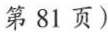
第81页)